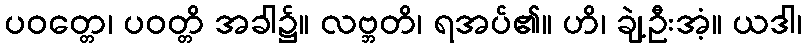
ပဝတ္တေ၊ ပဝတ္တိ အခါ၌။ လဗ္ဘတိ၊ ရအပ်၏။ ဟိ၊ ချဲ့ဦးအံ့။ ယဒါ၊